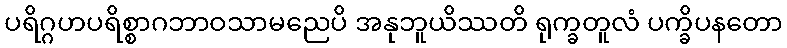
ပရိဂ္ဂဟပရိစ္စာဂဘာဝသာမညေပိ အနုဘူယိဿတိ ရုက္ခတူလံ ပက္ခိပနတော